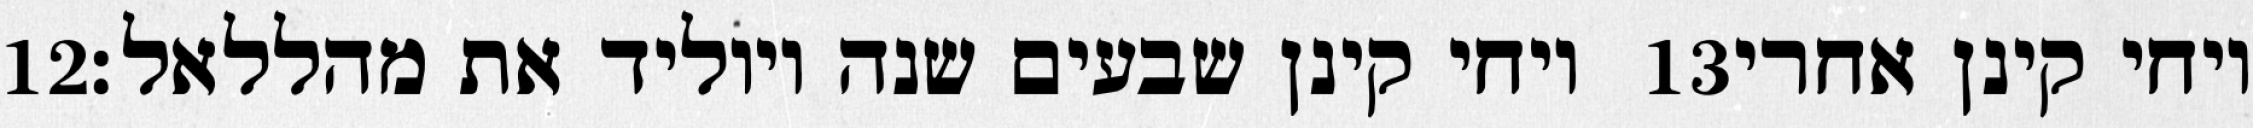
‎12‏ ויחי קינן שבעים שנה ויוליד את מהללאל׃ ‎13‏ ויחי קינן אחרי